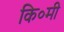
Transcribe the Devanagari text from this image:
कि०मी